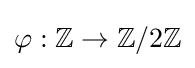
\varphi :\mathbb {Z} \to \mathbb {Z} /2\mathbb {Z}